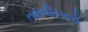
તસવીરકારો